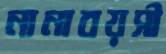
নানাবয়সী